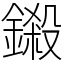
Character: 鎩